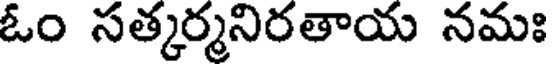
ఓం సత్కర్మనిరతాయ నమః